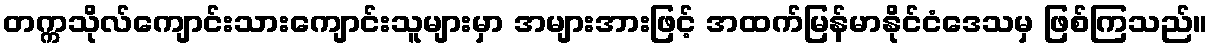
တက္ကသိုလ်ကျောင်းသားကျောင်းသူများမှာ အများအားဖြင့် အထက်မြန်မာနိုင်ငံဒေသမှ ဖြစ်ကြသည်။